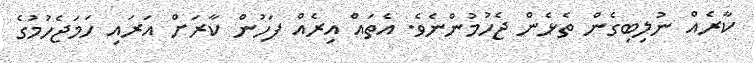
ކާރެއް ނުލިބިގެން ތެޅެން ޖެހުމުންނެވެ. އެތައް އިރެއް ފަހުން ކާރަށް އަރައި ހަމަޖެހުމުގެ